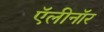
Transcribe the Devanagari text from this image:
ऍलीनॉर